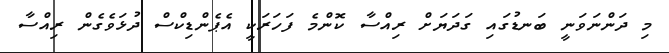
މި ދަންނަވަނީ ބަނޑުގައި ގަދަޔަށް ރިއްސާ ކޮންމެ ފަހަރަކީ އެޕެންޑިކްސް ދުޅަވެގެން ރިއްސާ